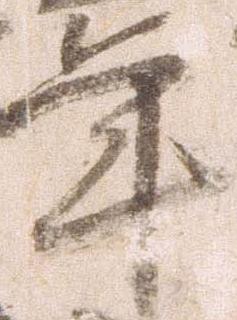
年